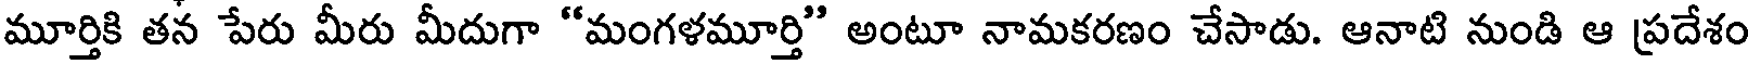
మూర్తికి తన పేరు మీరు మీదుగా "మంగళమూర్తి" అంటూ నామకరణం చేసాడు. ఆనాటి నుండి ఆ ప్రదేశం